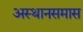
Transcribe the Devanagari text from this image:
अस्थानसमास